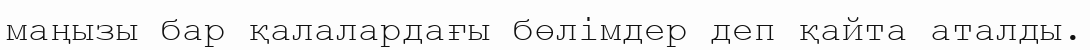
маңызы бар қалалардағы бөлімдер деп қайта аталды.